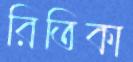
রিতিকা